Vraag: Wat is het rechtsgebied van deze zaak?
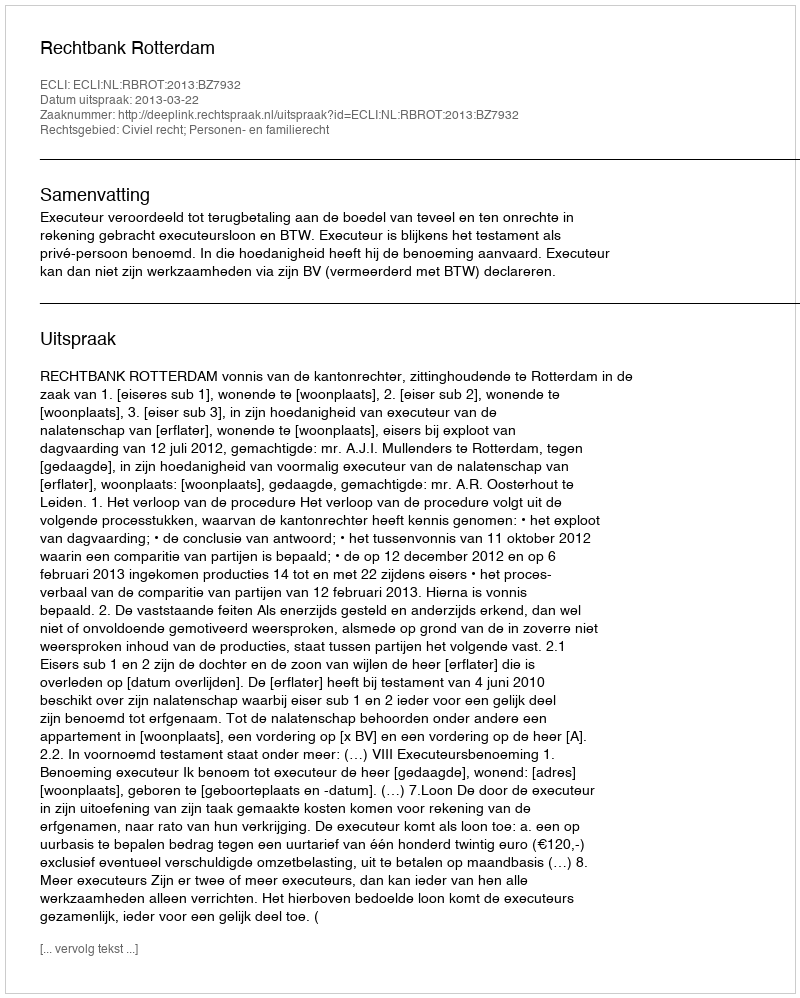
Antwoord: Civiel recht; Personen- en familierecht